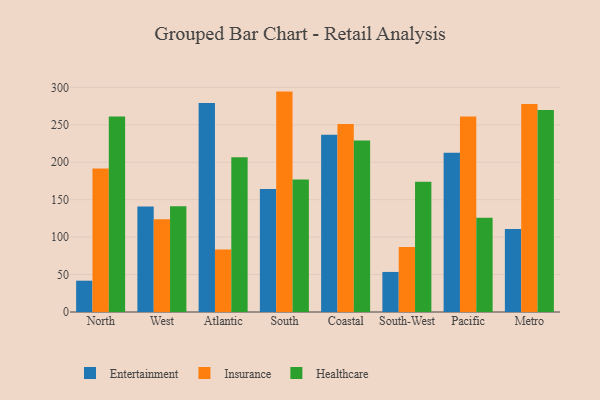
{"axis": {"x": "Region", "y": "Demand Index"}, "legend": ["Entertainment", "Healthcare", "Insurance"], "data": [{"x": "North", "y": 41.8, "type": "Entertainment"}, {"x": "North", "y": 191.7, "type": "Insurance"}, {"x": "North", "y": 261.0, "type": "Healthcare"}, {"x": "West", "y": 140.8, "type": "Entertainment"}, {"x": "West", "y": 124.0, "type": "Insurance"}, {"x": "West", "y": 141.2, "type": "Healthcare"}, {"x": "Atlantic", "y": 279.0, "type": "Entertainment"}, {"x": "Atlantic", "y": 83.5, "type": "Insurance"}, {"x": "Atlantic", "y": 206.8, "type": "Healthcare"}, {"x": "South", "y": 164.4, "type": "Entertainment"}, {"x": "South", "y": 294.3, "type": "Insurance"}, {"x": "South", "y": 176.8, "type": "Healthcare"}, {"x": "Coastal", "y": 236.7, "type": "Entertainment"}, {"x": "Coastal", "y": 251.2, "type": "Insurance"}, {"x": "Coastal", "y": 229.0, "type": "Healthcare"}, {"x": "South-West", "y": 53.5, "type": "Entertainment"}, {"x": "South-West", "y": 86.9, "type": "Insurance"}, {"x": "South-West", "y": 174.0, "type": "Healthcare"}, {"x": "Pacific", "y": 212.5, "type": "Entertainment"}, {"x": "Pacific", "y": 261.1, "type": "Insurance"}, {"x": "Pacific", "y": 125.7, "type": "Healthcare"}, {"x": "Metro", "y": 110.8, "type": "Entertainment"}, {"x": "Metro", "y": 277.7, "type": "Insurance"}, {"x": "Metro", "y": 269.7, "type": "Healthcare"}]}